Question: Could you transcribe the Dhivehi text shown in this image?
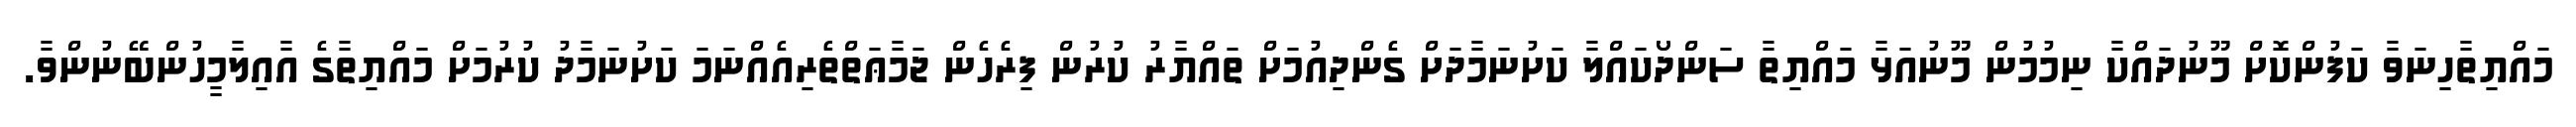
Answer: މައްޔިތާހިނަވާ ކަފުންކޮށް މޫނުދައްކާ ނިމުމުން މޫނުއަޅާ މައްޔިތާ ސަންދޯކައްލާ ކަށުނަމާދަށް ގެންދިއުމަށް ތައްޔާރު ކުރުން ފިރެހެން ޖަމާޢަތްތެރިއެއްނަމަ ކަށުނަމާދު ކުރުމަށް މައްޔިތާގެ އާއިލާމީހުންބޭނުންވާ.